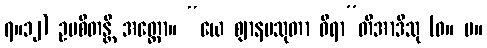
၇။၁၂) ဥပစိတန္တိ အတ္ထော။ “ယေ ဈာနပသုတာ ဓီရာ”တိအာဒီသု (ဓ။ ပ။